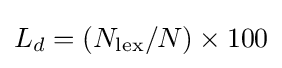
L_{d}=(N_{\mathrm {lex} }/N)\times 100